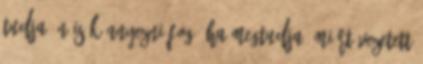
tudja Ön is könnyezni fog, ha megtudja, miért vezetett